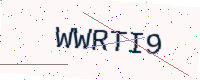
Text: WWRTI9